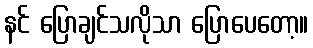
နင် ပြောချင်သလိုသာ ပြောပေတော့။